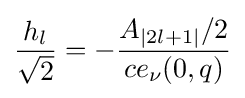
{\frac {h_{l}}{\sqrt {2}}}=-{\frac {A_{|2l+1|}/2}{ce_{\nu }(0,q)}}